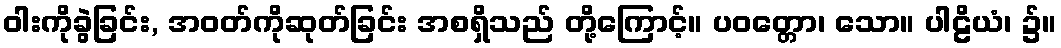
ဝါးကိုခွဲခြင်း, အဝတ်ကိုဆုတ်ခြင်း အစရှိသည် တို့ကြောင့်။ ပဝတ္တော၊ သော။ ပါဠိယံ၊ ၌။